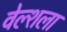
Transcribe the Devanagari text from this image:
वेल्शला